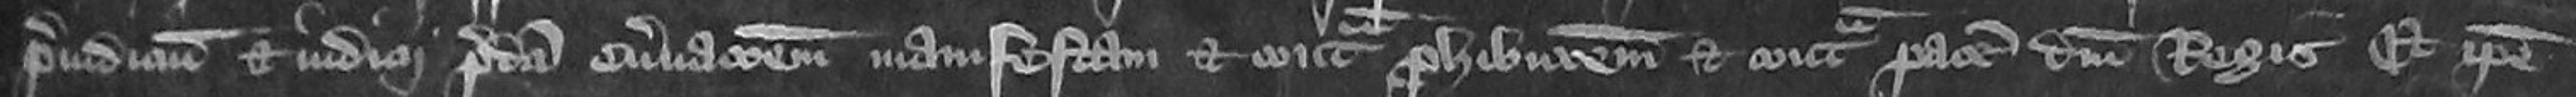
preiudicium et iudicii predicti enervationem manifestam et contra prohibitionem et contra pacem domini Regis Et ipse